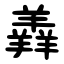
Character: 羴